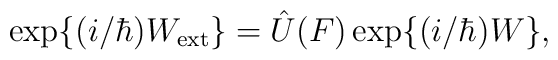
{\rm exp}\{ (i/ \hbar) W_{\rm ext} \} = \hat{U}(F) \,{\rm exp}\{ (i/ \hbar) W \},